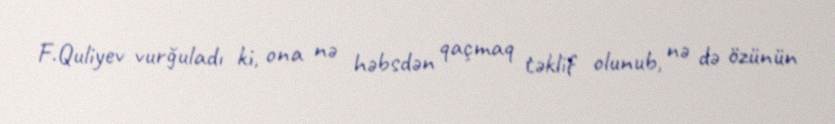
F.Quliyev vurğuladı ki, ona nə həbsdən qaçmaq təklif olunub, nə də özünün